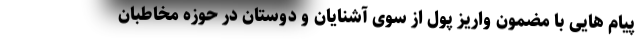
پیام هایی با مضمون واریز پول از سوی آشنایان و دوستان در حوزه مخاطبان